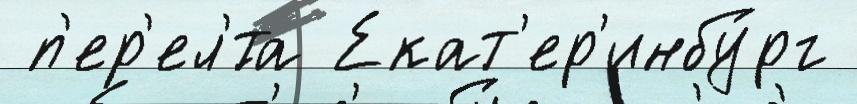
 п'ер'ел'́та Екат'ер'инбу́рг